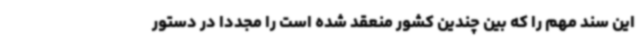
این سند مهم را که بین چندین کشور منعقد شده است را مجدداً در دستور